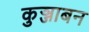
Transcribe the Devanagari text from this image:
कुञ्जाबन